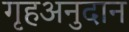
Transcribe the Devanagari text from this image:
गृहअनुदान